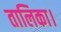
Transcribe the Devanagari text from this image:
तालिका।